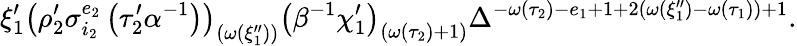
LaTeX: \xi_{1}^{\prime}\left(\rho_{2}^{\prime}\sigma_{i_{2}}^{e_{2}}\left(\tau_{2}^{\prime}\alpha^{-1}\right)\right)_{\left(\omega\left(\xi_{1}^{\prime\prime}\right)\right)}\left(\beta^{-1}\chi_{1}^{\prime}\right)_{\left(\omega\left(\tau_{2}\right)+1\right)}\Delta^{-\omega\left(\tau_{2}\right)-e_{1}+1+2\left(\omega\left(\xi_{1}^{\prime\prime}\right)-\omega\left(\tau_{1}\right)\right)+1}.